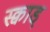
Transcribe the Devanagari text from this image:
स्क्वाड्